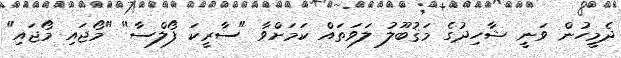
ދެމީހުން ވަނީ ޝާހިދުގެ މަޤުބޫލު ލަވަތައް ކަމަށްވާ "ސާރީކަ ފޯލްސާ" "މޯޖައި މޯޖައި"